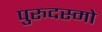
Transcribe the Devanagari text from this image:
पुरुदस्मो